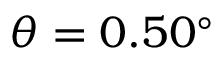
\theta = 0 . 5 0 ^ { \circ }